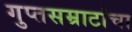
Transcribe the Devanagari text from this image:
गुप्तसम्राटांचा